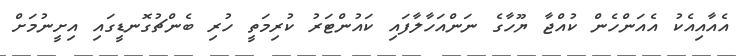
އެއާއިއެކު އެއަންހެން ކުއްޖާ ޔޫހާގެ ނަންއަހާލާފައި ކައުންޓަރު ކުރިމަތީ ހުރި ބެންޗުގޮނޑީގައި އިށީނުމަށް